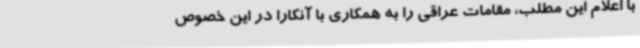
با اعلام این مطلب، مقامات عراقی را به همکاری با آنکارا در این خصوص